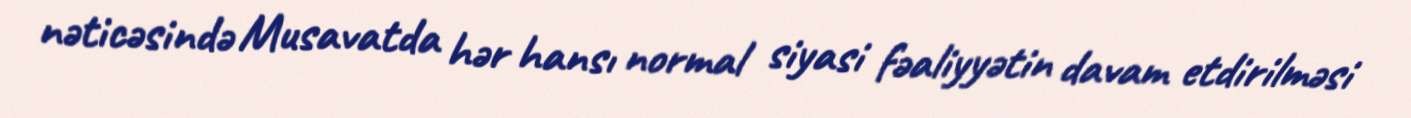
nəticəsində Musavatda hər hansı normal siyasi fəaliyyətin davam etdirilməsi